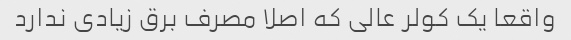
واقعا یک کولر عالی که اصلا مصرف برق زیادی ندارد